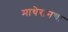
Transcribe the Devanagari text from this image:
माथेरानचा